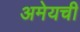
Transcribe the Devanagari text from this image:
अमेयची